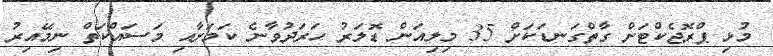
މުޅި ޕްރޮޖެކްޓަށް ގާތްގަނޑަކަށް 35 މިލިއަން ޑޮލަރު ހަރަދުވާނެ ކަމަށާއި މަސައްކަތް ނިމޭއިރު